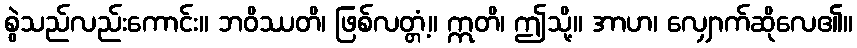
စွဲသည်လည်းကောင်း။ ဘဝိဿတိ၊ ဖြစ်လတ္တံ့။ ဣတိ၊ ဤသို့။ အာဟ၊ လျှောက်ဆိုလေ၏။